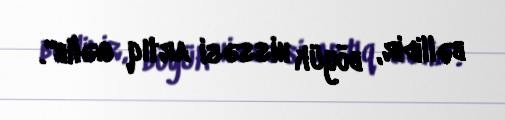
bəllidir, böyük hissəsi artıq gəlib".